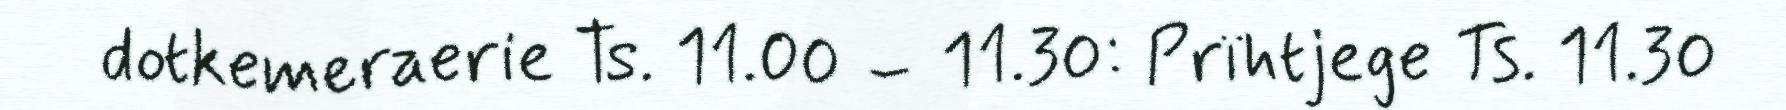
dotkemeraerie Ts. 11.00 – 11.30: Prïhtjege Ts. 11.30